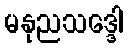
မနုညသဒ္ဒေါ